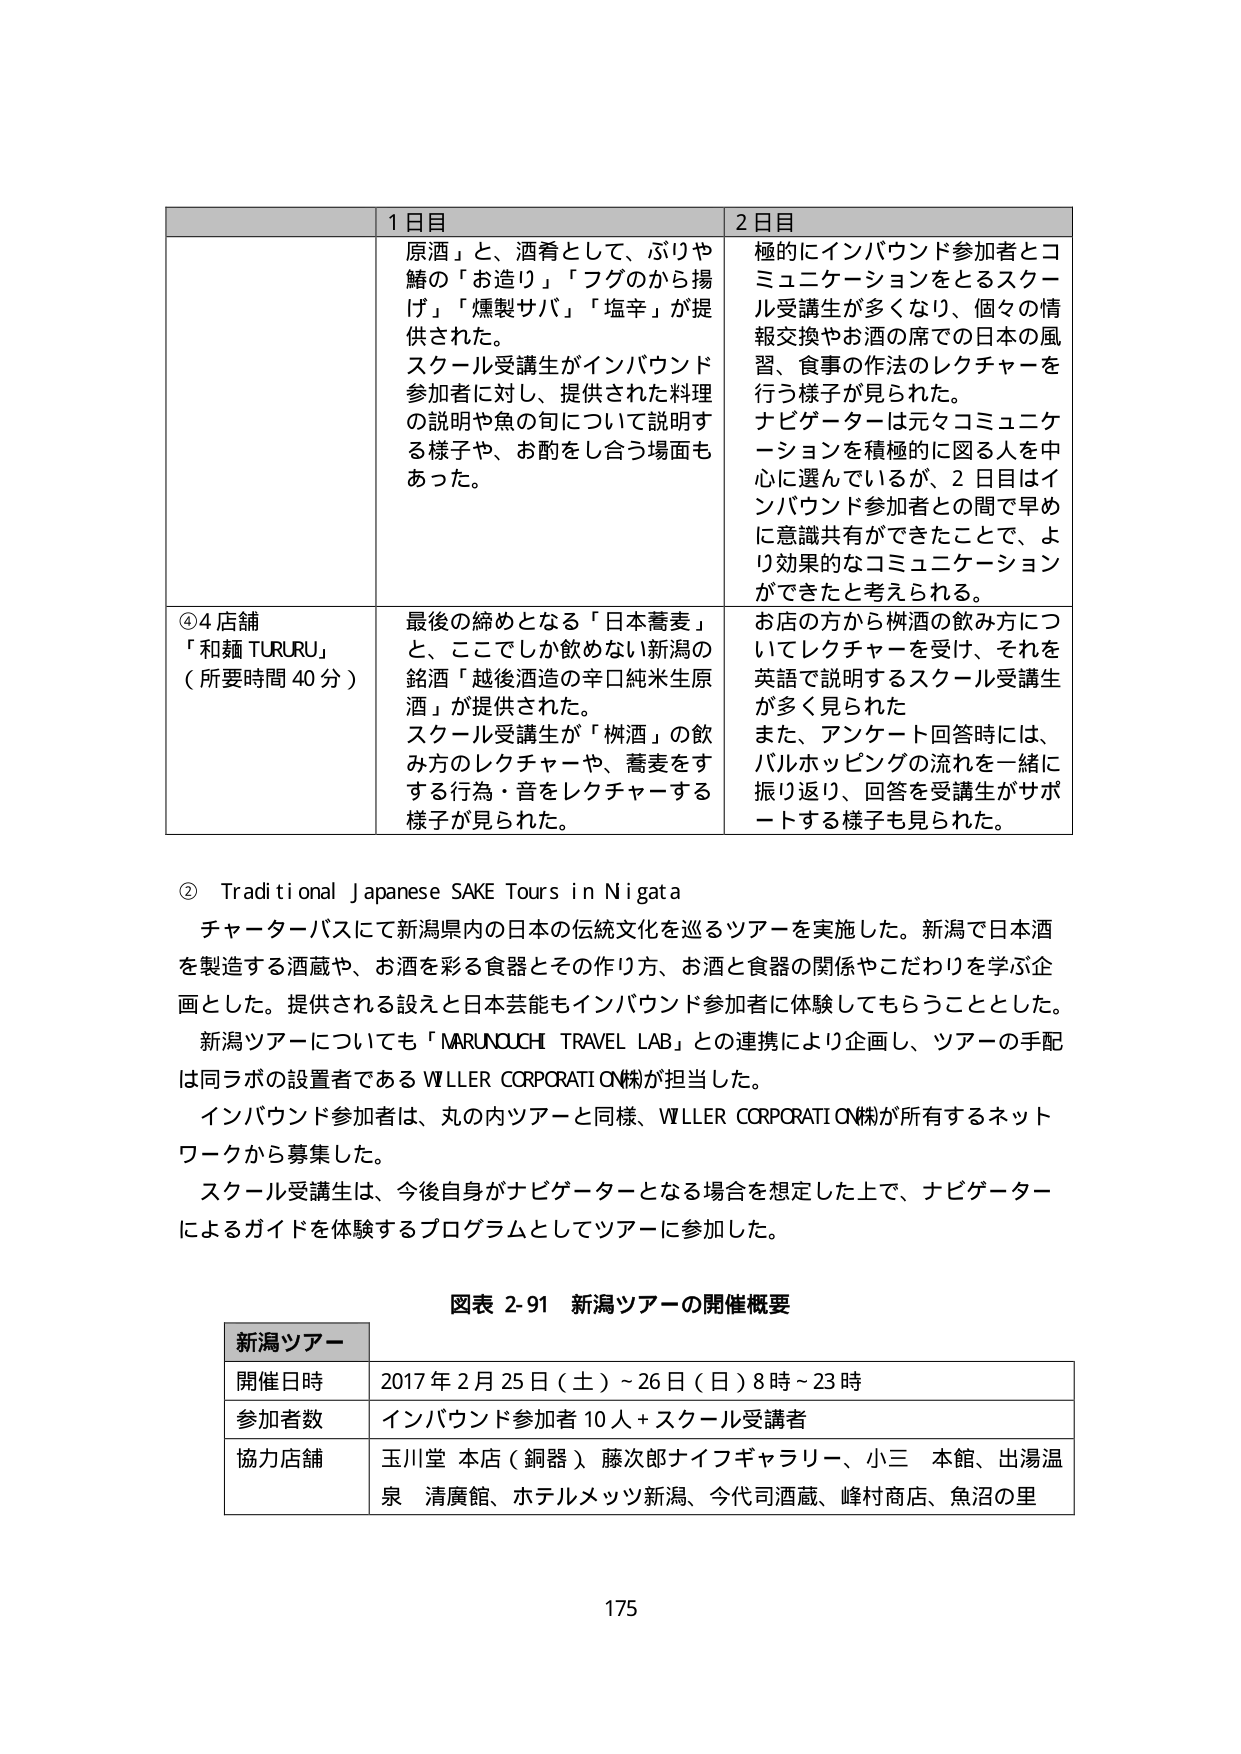
1日目
「原酒」と、酒肴として、ぶりや鯖の「お造り」「フグのから揚げ」「燻製サバ」「塩辛」が提供された。
スクール受講生がインバウンド参加者に対し、提供された料理の説明や魚の旬について説明する様子や、お酌をし合う場面もあった。

2日目
極的にインバウンド参加者とコミュニケーションをとるスクール受講生が多くなり、個々の情報交換やお酒の席での日本の風習、食事の作法のレクチャーを行う様子が見られた。
ナビゲーターは元々コミュニケーションを積極的に図る人を中心に選んでいるが、2日目はインバウンド参加者との間で早めに意識共有ができたことで、より効果的なコミュニケーションができたと考えられる。

④4店舗
「和麺 TURURU」
（所要時間 40分）
最後の締めとなる「日本蕎麦」と、ここでしか飲めない新潟の銘酒「越後酒造の辛口純米生原酒」が提供された。
スクール受講生が「桝酒」の飲み方のレクチャーや、蕎麦をする行為・音をレクチャーする様子が見られた。

お店の方から桝酒の飲み方についてレクチャーを受け、それを英語で説明するスクール受講生が多く見られた
また、アンケート回答時には、バルホッピングの流れを一緒に振り返り、回答を受講生がサポートする様子も見られた。

② Traditional Japanese SAKE Tours in Niigata
チャーターバスにて新潟県内の日本の伝統文化を巡るツアーを実施した。新潟で日本酒を製造する酒蔵や、お酒を彩る食器とその作り方、お酒と食器の関係やこだわりを学ぶ企画とした。提供される設えと日本芸能もインバウンド参加者に体験してもらうこととした。
新潟ツアーについても「MARUNOUCHI TRAVEL LAB」との連携により企画し、ツアーの手配は同ラボの設置者であるWILLER CORPORATION㈱が担当した。
インバウンド参加者は、丸の内ツアーと同様、WILLER CORPORATION㈱が所有するネットワークから募集した。
スクール受講生は、今後自身がナビゲーターとなる場合を想定した上で、ナビゲーターによるガイドを体験するプログラムとしてツアーに参加した。

図表 2-91 新潟ツアーの開催概要

新潟ツアー
開催日時 2017年2月25日（土）～26日（日）8時～23時
参加者数 インバウンド参加者10人＋スクール受講者
協力店舗 玉川堂本店（銅器）、藤次郎ナイフギャラリー、小三本館、出湯温泉清廣館、ホテルメッツ新潟、今代司酒蔵、峰村商店、魚沼の里

175